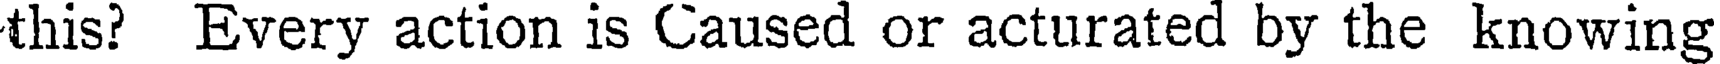
this? Every action is Caused or acturated by the knowing